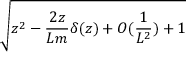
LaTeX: \sqrt { z ^ { 2 } - \frac { 2 z } { L m } \delta ( z ) + O ( \frac { 1 } { L ^ { 2 } } ) + 1 }